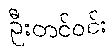
ဦးတင်ဝင်း